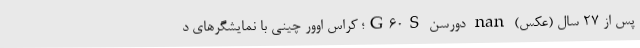
پس از ۲۷ سال (عکس) nan دورسن G60S؛ کراس اوور چینی با نمایشگرهای د